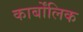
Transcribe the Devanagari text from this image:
कार्बोंलिक